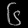
Digit: ၆